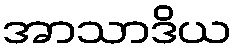
အာသာဒိယ